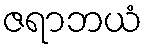
ဇရာဘယံ